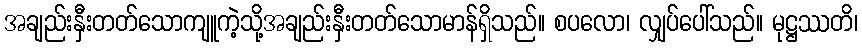
အချည်းနှီးတတ်သောကျူကဲ့သို့အချည်းနှီးတတ်သောမာန်ရှိသည်။ စပလော၊ လျှပ်ပေါ်သည်။ မုဋ္ဌဿတိ၊